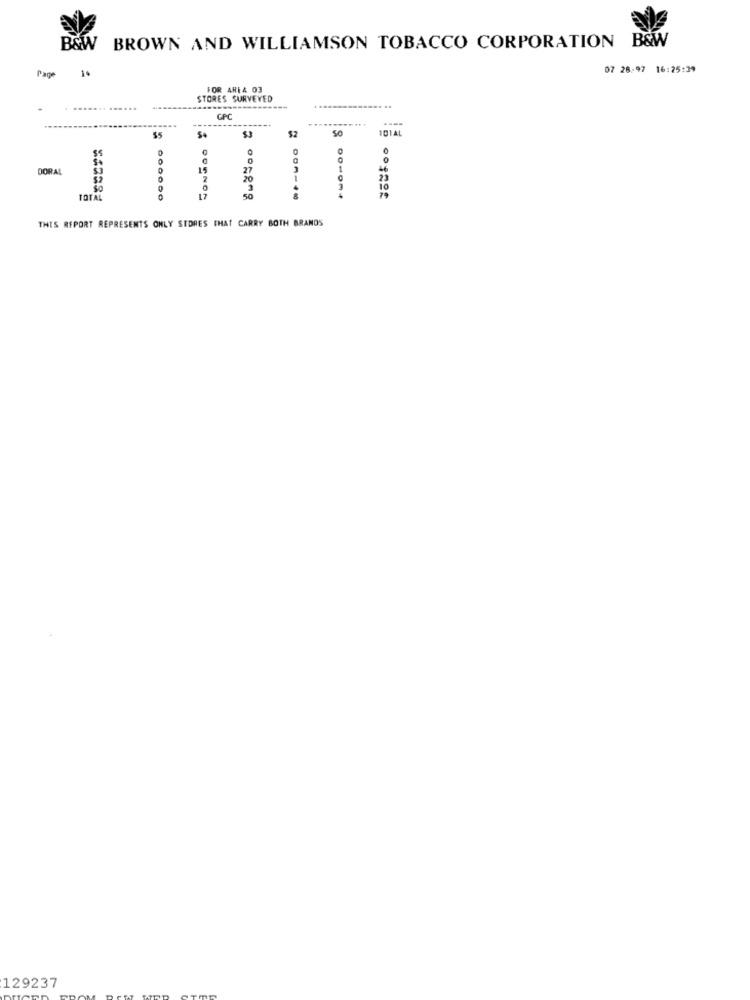
B&W
B&W
BROWN AND WILLIAMSON TOBACCO CORPORATION
07 28.97 16:25:39
Page 1.
FOR AREA 03
STORES SURVEYED
.......
CONTIGO :
$2
So
IDIAL
$5
SJ
0
0
0
DORA
15
27
1
20
25
3
10
TOTAL
17
79
THIS REPORT REPRESENTS ONLY STORES THAT CARRY BOTH BRANDS
129237